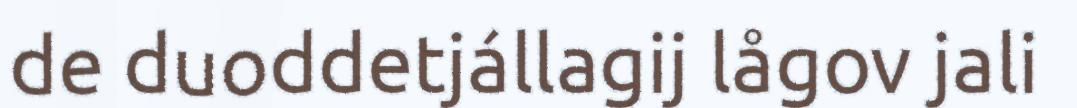
de duoddetjállagij lågov jali